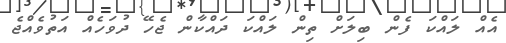
އެއް ލައްކަ ފެން ބިލަށް ތިން ލައްކަ ދައްކާން ޖެހޭ ދުވަހެއް އަތުވެއްޖެ